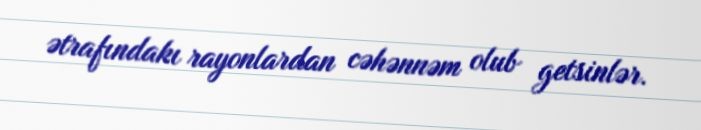
ətrafındakı rayonlardan cəhənnəm olub getsinlər.